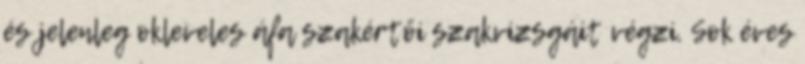
és jelenleg okleveles áfa szakértői szakvizsgáit végzi. Sok éves